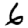
Digit: 6